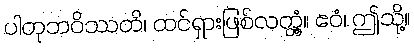
ပါတုဘဝိဿတိ၊ ထင်ရှားဖြစ်လတ္တံ့။ ဧဝံ၊ ဤသို့။